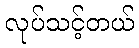
လုပ်သင့်တယ်